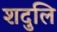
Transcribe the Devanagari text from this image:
शदुलि